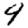
Digit: 9